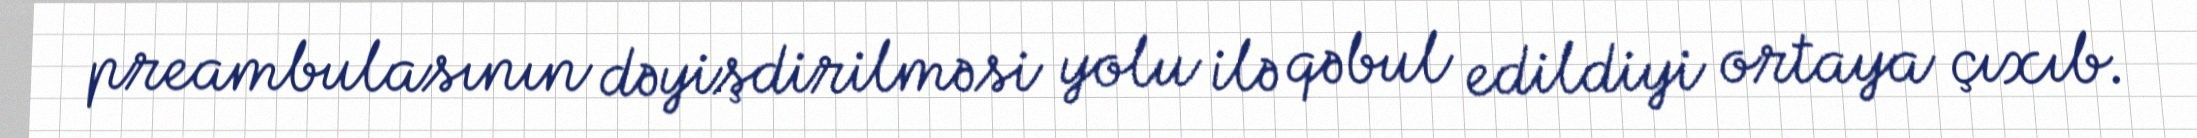
preambulasının dəyişdirilməsi yolu ilə qəbul edildiyi ortaya çıxıb.